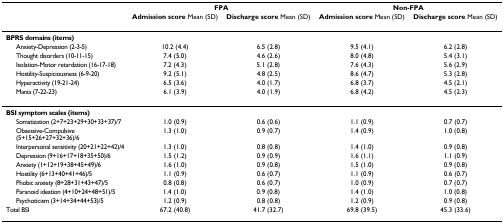
<table><thead><tr><td></td><td colspan="2"><b>FPA</b></td><td colspan="2"><b>Non-FPA</b></td></tr><tr><td></td><td><b>Admission score Mean (SD)</b></td><td><b>Discharge score Mean (SD)</b></td><td><b>Admission score Mean (SD)</b></td><td><b>Discharge score Mean (SD)</b></td></tr></thead><tbody><tr><td><b>BPRS domains (items)</b></td><td></td><td></td><td></td><td></td></tr><tr><td> Anxiety-Depression (2-3-5)</td><td>10.2 (4.4)</td><td>6.5 (2.8)</td><td>9.5 (4.1)</td><td>6.2 (2.8)</td></tr><tr><td> Thought disorders (10-11-15)</td><td>7.4 (5.0)</td><td>4.6 (2.6)</td><td>8.0 (4.8)</td><td>5.4 (3.1)</td></tr><tr><td> Isolation-Motor retardation (16-17-18)</td><td>7.2 (4.3)</td><td>5.1 (2.8)</td><td>7.6 (4.3)</td><td>5.6 (2.9)</td></tr><tr><td> Hostility-Suspiciousness (6-9-20)</td><td>9.2 (5.1)</td><td>4.8 (2.5)</td><td>8.6 (4.7)</td><td>5.3 (2.8)</td></tr><tr><td> Hyperactivity (19-21-24)</td><td>6.5 (3.6)</td><td>4.0 (1.7)</td><td>6.8 (3.7)</td><td>4.5 (2.1)</td></tr><tr><td> Mania (7-22-23)</td><td>6.1 (3.9)</td><td>4.0 (1.9)</td><td>6.8 (4.2)</td><td>4.5 (2.3)</td></tr><tr><td><b>BSI symptom scales (items)</b></td><td></td><td></td><td></td><td></td></tr><tr><td> Somatization (2+7+23+29+30+33+37)/7</td><td>1.0 (0.9)</td><td>0.6 (0.6)</td><td>1.1 (0.9)</td><td>0.7 (0.7)</td></tr><tr><td> Obsessive-Compulsive (5+15+26+27+32+36)/6</td><td>1.3 (1.0)</td><td>0.9 (0.7)</td><td>1.4 (0.9)</td><td>1.0 (0.8)</td></tr><tr><td> Interpersonal sensitivity (20+21+22+42)/4</td><td>1.3 (1.0)</td><td>0.8 (0.8)</td><td>1.4 (1.0)</td><td>0.9 (0.8)</td></tr><tr><td> Depression (9+16+17+18+35+50)/6</td><td>1.5 (1.2)</td><td>0.9 (0.9)</td><td>1.6 (1.1)</td><td>1.1 (0.9)</td></tr><tr><td> Anxiety (1+12+19+38+45+49)/6</td><td>1.6 (1.0)</td><td>0.9 (0.8)</td><td>1.5 (1.0)</td><td>0.9 (0.8)</td></tr><tr><td> Hostility (6+13+40+41+46)/5</td><td>1.1 (0.9)</td><td>0.6 (0.7)</td><td>1.1 (0.9)</td><td>0.6 (0.7)</td></tr><tr><td> Phobic anxiety (8+28+31+43+47)/5</td><td>0.8 (0.8)</td><td>0.6 (0.7)</td><td>1.0 (0.9)</td><td>0.7 (0.7)</td></tr><tr><td> Paranoid ideation (4+10+24+48+51)/5</td><td>1.4 (1.0)</td><td>0.9 (0.8)</td><td>1.4 (1.0)</td><td>1.0 (0.8)</td></tr><tr><td> Psychoticism (3+14+34+44+53)/5</td><td>1.2 (0.9)</td><td>0.8 (0.8)</td><td>1.2 (0.9)</td><td>0.9 (0.8)</td></tr><tr><td>Total BSI</td><td>67.2 (40.8)</td><td>41.7 (32.7)</td><td>69.8 (39.5)</td><td>45.3 (33.6)</td></tr></tbody></table>